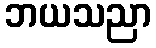
ဘယသညာ